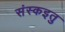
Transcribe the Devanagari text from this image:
संस्कइतु